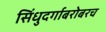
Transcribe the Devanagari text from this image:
सिंधुदर्गाबरोबरच